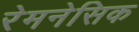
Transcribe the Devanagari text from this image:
रेमनेसिक